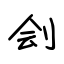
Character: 刽